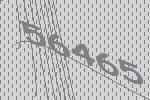
56465